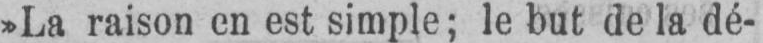
»La raison en est simple; le but de la dé-